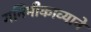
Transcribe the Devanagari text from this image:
गनिमीकाव्याने